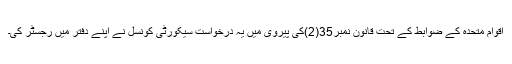
اقوام متحدہ کے ضوابط کے تحت قانون نمبر35(2)کی پیروی میں یہ درخواست سیکورٹی کونسل نے اپنے دفتر میں رجسٹر کی۔